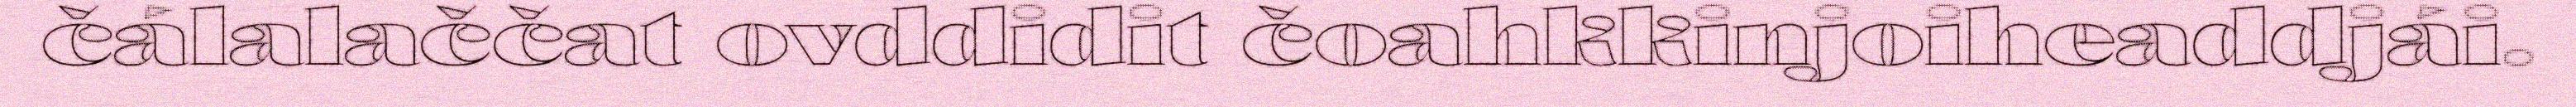
čálalaččat ovddidit čoahkkinjoiheaddjái.